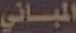
المباني